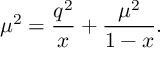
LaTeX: \mu ^ { 2 } = \frac { q ^ { 2 } } { x } + \frac { \mu ^ { 2 } } { 1 - x } .